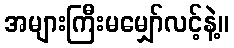
အများကြီးမမျှော်လင့်နဲ့။